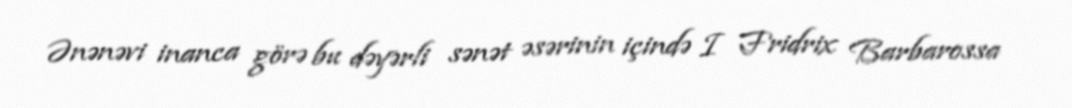
Ənənəvi inanca görə bu dəyərli sənət əsərinin içində I Fridrix Barbarossa